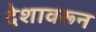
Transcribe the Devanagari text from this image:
देशावरून